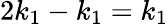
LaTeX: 2k_{1}-k_{1}=k_{1}